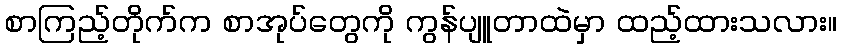
စာကြည့်တိုက်က စာအုပ်တွေကို ကွန်ပျူတာထဲမှာ ထည့်ထားသလား။